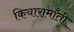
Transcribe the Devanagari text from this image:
कियारामॉँती